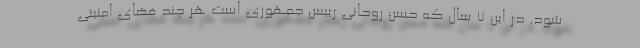
شود. در این 7 سال که حسن روحانی رییس جمهوری است هر چند فضای امنیتی